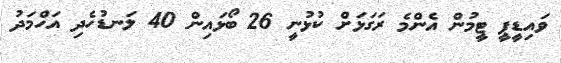
ވައިޑީޕީ ޓީމުން އެންމެ ރަގަޅަށް ކުޅުނީ 26 ބޯޅައިން 40 ލަނޑުހެދި އަހްމަދު